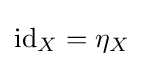
\mathrm {id} _{X}=\eta _{X}